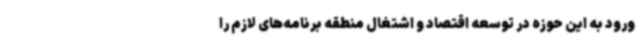
ورود به این حوزه در توسعه اقتصاد و اشتغال منطقه برنامه‌های لازم را